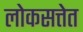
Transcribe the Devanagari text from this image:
लोकसत्तेत